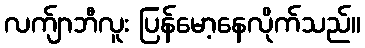
လက်ျာဘီလူး ပြန်မော့နေလိုက်သည်။